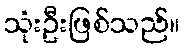
သုံးဦးဖြစ်သည်။